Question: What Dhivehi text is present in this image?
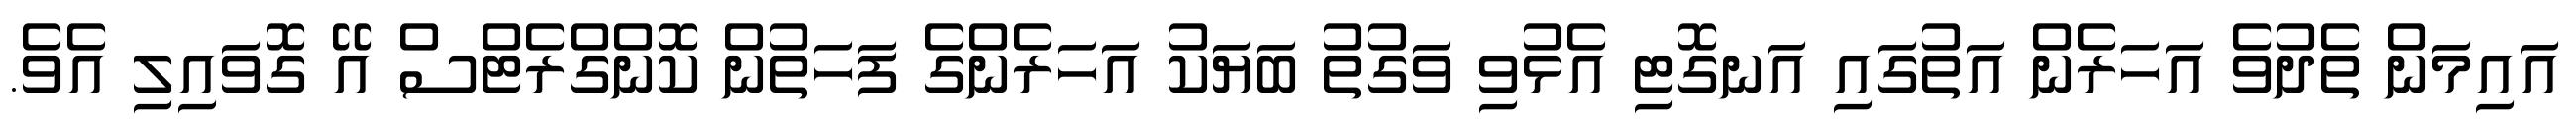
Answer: އައިމަން ތެދުވެ އަހަރެން އަތުގައި އަނގޮޓި އެޅުވި ވަގުތު ބަޔަކު އަހަރެންގެ ފަހަތުން ކޮންގްރެޓްސް އޭ ގޮވައިލި އެވެ.